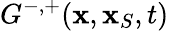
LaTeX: G^{-,+}({\mathbf x},{\mathbf x}_{S},t)